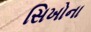
સિખોના